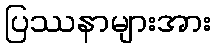
ပြဿနာများအား